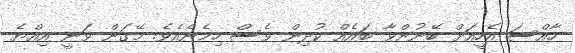
ހާއްސަ އެހީއަށް ބޭނުންވާ ބައެއް ކުދިން ވެސް ހިމެނެއެވެ. މޭގަން ވަނީ އިއްޔެ